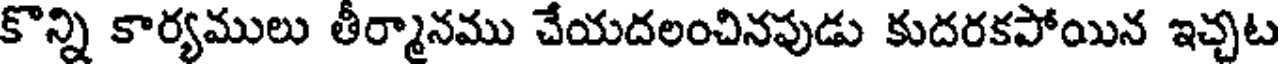
కొన్ని కార్యములు తీర్మానము చేయదలంచినపుడు కుదరకపోయిన ఇచ్చట